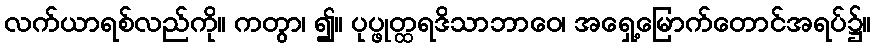
လက်ယာရစ်လည်ကို။ ကတွာ၊ ၍။ ပုပ္ဖုတ္ထရဒိသာဘာဝေ၊ အရှေ့မြောက်တောင်အရပ်၌။